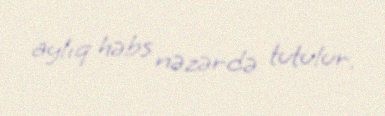
aylıq həbs nəzərdə tutulur.